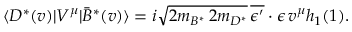
\langle D ^ { * } ( v ) | { \cal V } ^ { \mu } | \bar { B } ^ { * } ( v ) \rangle = i \sqrt { 2 m _ { B ^ { * } } \, 2 m _ { D ^ { * } } } \, \overline { { { \epsilon ^ { \prime } } } } \cdot \epsilon \, v ^ { \mu } h _ { 1 } ( 1 ) .